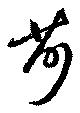
荷